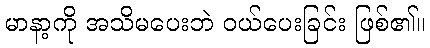
မာနာ့ကို အသိမပေးဘဲ ဝယ်ပေးခြင်း ဖြစ်၏။